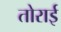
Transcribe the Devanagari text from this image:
तोराई